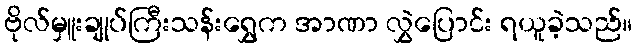
ဗိုလ်မှူးချုပ်ကြီးသန်းရွှေက အာဏာ လွှဲပြောင်း ရယူခဲ့သည်။